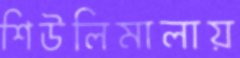
শিউলিমালায়